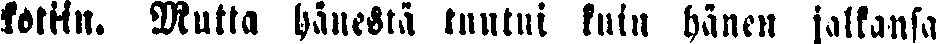
kotiin.. Mutta hänestä tuntui kuin hänen jalkansa